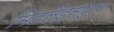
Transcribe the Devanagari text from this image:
मिडलैंड्सपूर्व